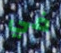
في